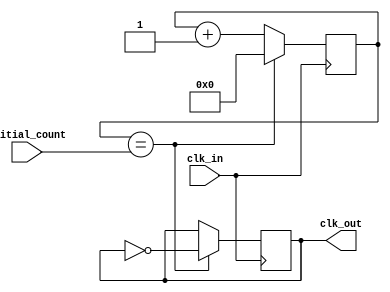
module clock_divider (
    input wire clk_in,
    input wire [7:0] initial_count,
    output reg clk_out
);

reg [7:0] count;

always @(posedge clk_in) begin
    if (count == initial_count) begin
        clk_out <= ~clk_out;
        count <= 0;
    end else begin
        count <= count + 1;
    end
end

endmodule